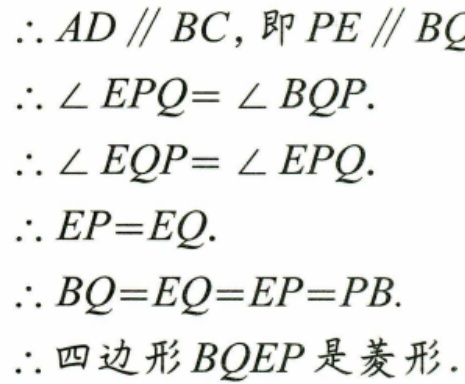
$\therefore AD\parallel BC$，即$PE\parallel BC$
$\therefore\angle EPQ=\angle BQP.$
$\therefore\angle EQP=\angle EPQ.$
$\therefore EP = EQ.$
$\therefore BQ = EQ = EP = PB.$
$\therefore$四边形$BQEP$是菱形.